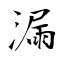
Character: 漏